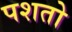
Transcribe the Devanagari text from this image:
पशतो